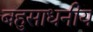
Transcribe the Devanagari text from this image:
बहुसाधनीय